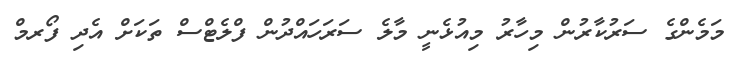
މަމެންގެ ސަރުކާރުން މިހާރު މިއުޅެނީ މާލެ ސަރަހައްދުން ފްލެޓްސް ތަކަށް އެދި ފޯރމް